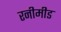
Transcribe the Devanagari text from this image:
रनीमीड